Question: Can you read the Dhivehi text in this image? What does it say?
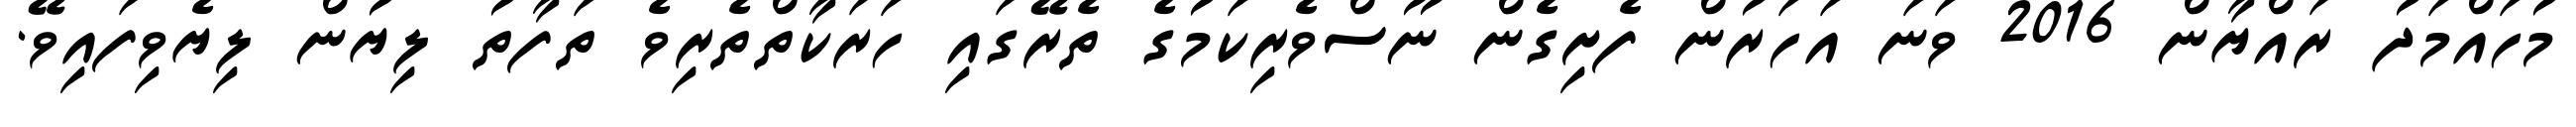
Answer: މުހައްމަދު ރައްޔާން 2016 ވަނަ އަހަރުން ފެށިގެން ނޫސްވެރިކަމުގެ ތެރޭގައި ހަރަކާތްތެރިވެ ތަފާތު ލިޔުން ލިޔެވިފައިވޭ.